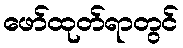
ဖော်ထုတ်ရာတွင်